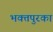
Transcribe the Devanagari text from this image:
भक्तपुरका